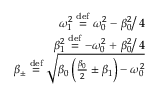
\begin{array} { r } { \omega _ { 1 } ^ { 2 } \stackrel { \mathrm { d e f } } { = } \omega _ { 0 } ^ { 2 } - \left. \beta _ { 0 } ^ { 2 } \right/ 4 } \\ { \beta _ { 1 } ^ { 2 } \stackrel { \mathrm { d e f } } { = } - \omega _ { 0 } ^ { 2 } + \left. \beta _ { 0 } ^ { 2 } \right/ 4 } \\ { \beta _ { \pm } \stackrel { \mathrm { d e f } } { = } \sqrt { \beta _ { 0 } \left( \frac { \beta _ { 0 } } { 2 } \pm \beta _ { 1 } \right) - \omega _ { 0 } ^ { 2 } } } \end{array}